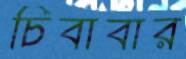
চিবাবার